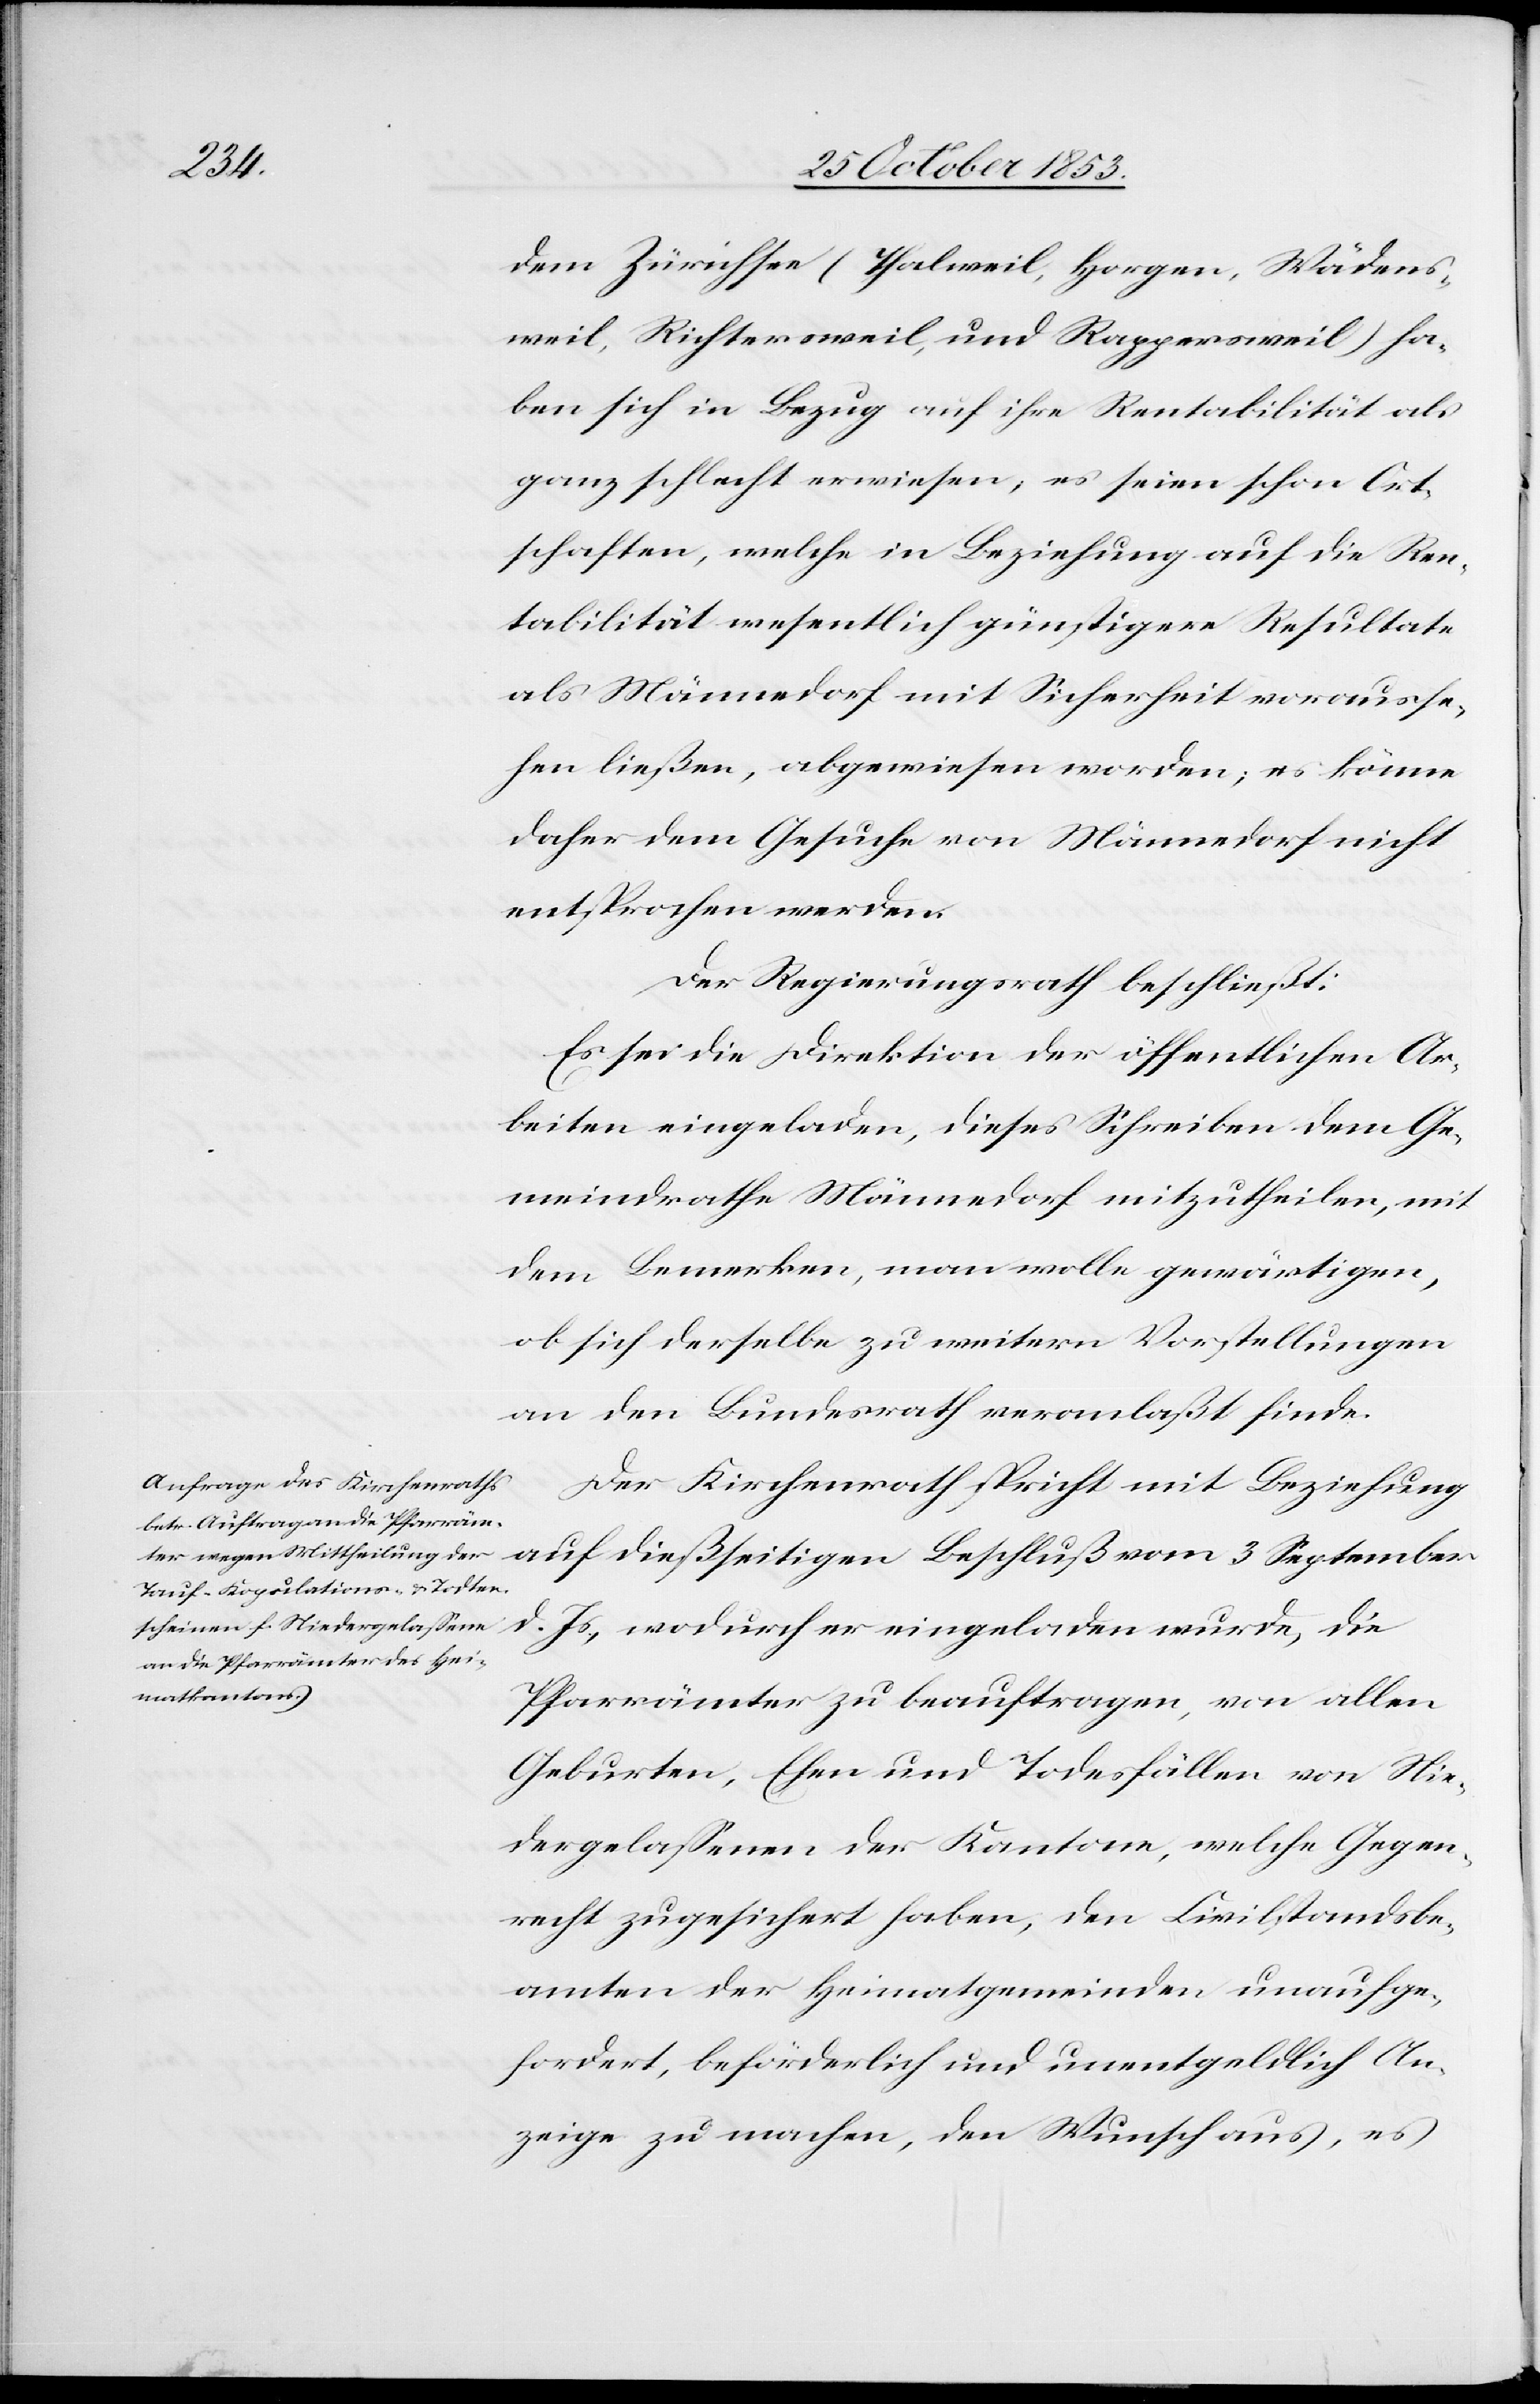
die

dem Zürichsee (Thalweil, Horgen, Wädens¬
weil, Richtersweil, und Rappersweil) ha¬
ben sich in Bezug auf ihre Rentabilität als
ganz schlecht erwiesen, es seien schon Ort¬
schaften, welche in Beziehung auf die Ren¬
tabilität wesentlich günstigere Resultate
als Männedorf mit Sicherheit vorausse¬
hen ließen, abgewiesen worden; es könne
daher dem Gesuche von Männedorf nicht
entsprochen werden.
Der Regierungsrath beschließt:
Es sei die Direktion der öffentlichen Ar¬
beiten eingeladen, dieses Schreiben dem Ge¬
meindrathe Männedorf mitzutheilen, mit
dem Bemerken, man wolle gewärtigen,
ob sich derselbe zu weitern Vorstellungen
an den Bundesrath veranlaßt finde.
Der Kirchenrath spricht mit Beziehung
auf dießseitigen Beschluß vom 3 September
Pfarrämter zu beauftragen, von allen
Geburten, Ehen und Todesfällen von Nie¬
dergelassenen der Kantone, welche Gegen¬
recht zugesichert haben, den Civilstandsbe¬
amten der Heimatgemeinde unaufge¬
fordert, beförderlich und unentgeldlich An¬
zeige zu machen, den Wunsch aus, es